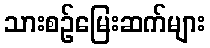
သားစဉ်မြေးဆက်များ